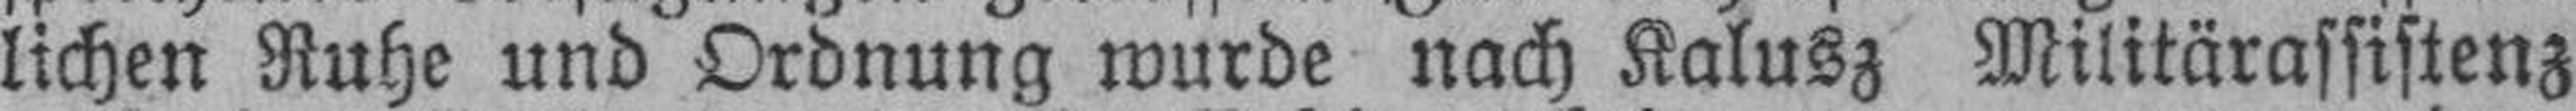
lichen Ruhe und Ordnung wurde nach Kalusz Militärassistenz